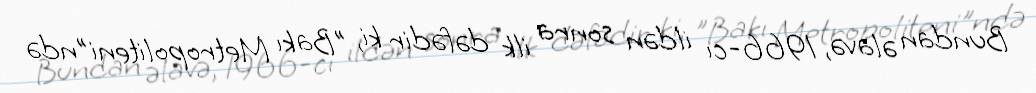
Bundan əlavə, 1966-cı ildən sonra ilk dəfədir ki, "Bakı Metropoliteni"ndə